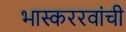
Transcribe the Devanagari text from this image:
भास्कररवांची